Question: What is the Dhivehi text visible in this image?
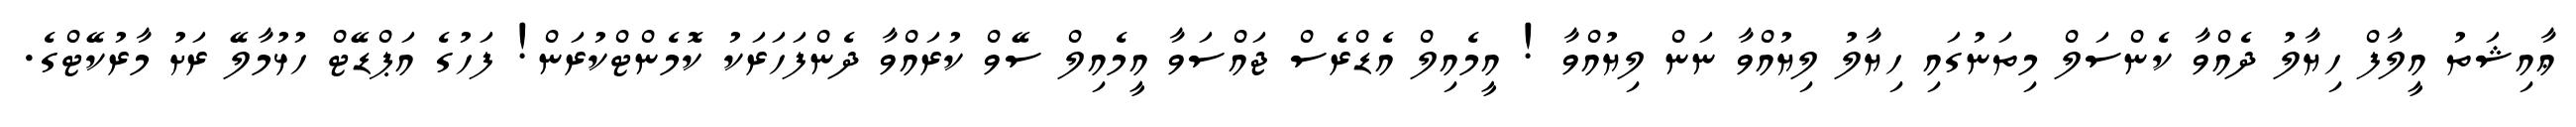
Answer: ޢާއިޝަތު އީލާފް ހިޔާލު ދެއްވާ ކެންސަލް މިތަނުގައި ހިޔާލު ލިޔުއްވާ ނަން ލިޔުއްވާ ! އީމެއިލް އެޑްރެސް ޖައްސަވާ އީމެއިލް ސޭވް ކުރައްވާ ދެންފަހަރަކު ކޮމެންޓްކުރަން! ފަހުގެ އަޕްޑޭޓް ހުޅުމާލޭ ރަށު މާރުކޭޓްގެ.